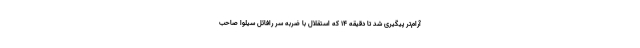
آرام‌تر پیگیری شد تا دقیقه ۱۴ که استقلال با ضربه سر رافائل سیلوا صاحب